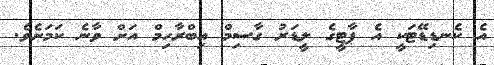
އެ ކެނޑިޑޭޓަކީ އެ ޕާޓީގެ ލީޑަރު ގާސިމް އިބްރާހިމް އަށް ވާނެ ކަމަށެވެ.